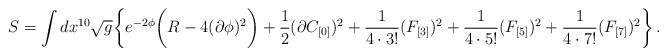
\begin{align*}S = \int dx^{10} \sqrt{g} \bigg{\{} e^{-2 \phi} \bigg{(} R -4 (\partial \phi)^2 \bigg{)} + {1\over 2} (\partial C_{[0]})^2 + {1\over 4 \cdot 3!}(F_{[3]})^2 + {1\over 4 \cdot 5!} (F_{[5]})^2 + {1\over 4 \cdot 7!} (F_{[7]})^2 \bigg{\}} \, .\end{align*}